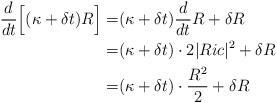
LaTeX: \begin{align*}\frac d{dt} \Big[ (\kappa+\delta t)R \Big] =& (\kappa+\delta t) \frac d{dt}R + \delta R \\=&(\kappa+\delta t) \cdot 2|Ric|^2 + \delta R \\=&(\kappa+\delta t) \cdot \frac {R^2}2 + \delta R \\\end{align*}